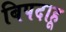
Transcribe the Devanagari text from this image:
बिपदाहू